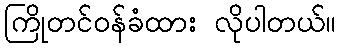
ကြိုတင်ဝန်ခံထား လိုပါတယ်။